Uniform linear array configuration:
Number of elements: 48
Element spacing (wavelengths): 0.75
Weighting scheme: exponential
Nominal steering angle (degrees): -15
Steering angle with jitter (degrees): -13.555
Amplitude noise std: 0.05
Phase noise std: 0.05

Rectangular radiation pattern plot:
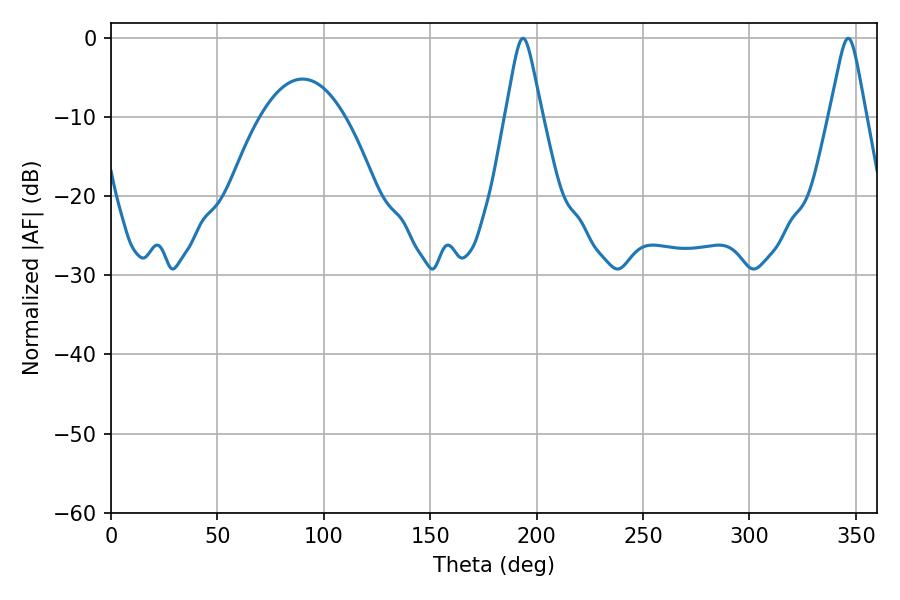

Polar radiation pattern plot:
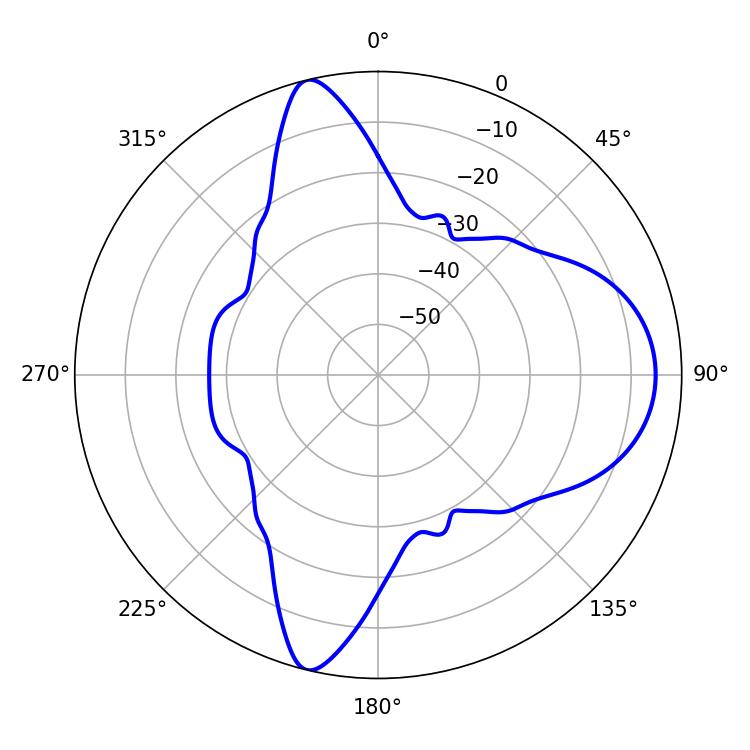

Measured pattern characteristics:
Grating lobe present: TRUE
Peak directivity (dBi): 13.307
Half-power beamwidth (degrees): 7.92
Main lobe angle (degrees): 193.68